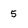
Character: 5